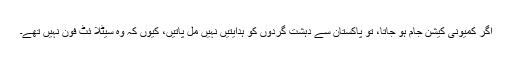
اگر کمیونی کیشن جام ہو جاتا، تو پاکستان سے دہشت گردوں کو ہدایتیں نہیں مل پاتیں، کیوں کہ وہ سیٹلا ئٹ فون نہیں تھے۔